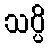
သပ္ပိ